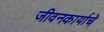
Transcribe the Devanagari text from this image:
जीवनकार्याचे